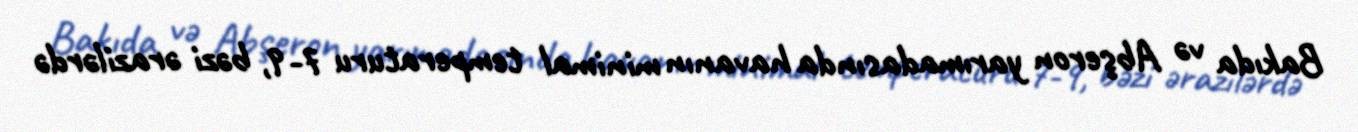
Bakıda və Abşeron yarımadasında havanın minimal temperaturu 7-9, bəzi ərazilərdə